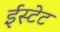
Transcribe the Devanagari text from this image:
ईस्टेट